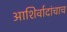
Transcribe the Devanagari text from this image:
आशिर्वादांचाच